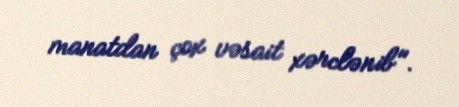
manatdan çox vəsait xərclənib".